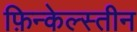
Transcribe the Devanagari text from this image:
फ़िन्केल्स्तीन